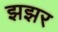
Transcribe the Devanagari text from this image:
झझर